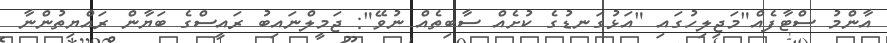
އާންމު ސްޓާފެއް"މަޖިލިހުގައި "އަޅުގަނޑުގެ ކުށެއް ސާބިތެއް ނުވޭ": ޖަމީލްނައިބު ރައީސްގެ ބަޔާން ރައްޔިތުންނާ